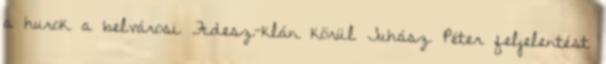
a hurok a belvárosi Fidesz-klán körül Juhász Péter feljelentést